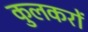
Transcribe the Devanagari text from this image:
कुलकरों